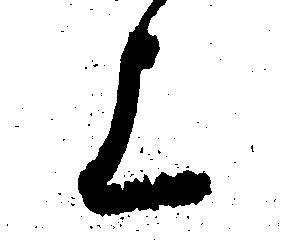
上